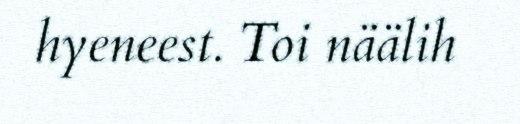
hyeneest. Toi näälih